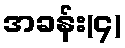
အခန်း(၄)